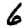
Digit: 6